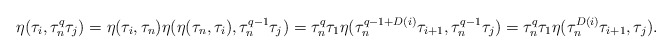
\begin{align*}\eta(\tau_i,\tau_n^q\tau_j)&=\eta(\tau_i,\tau_n)\eta(\eta(\tau_n,\tau_i),\tau_n^{q-1}\tau_j) = \tau_n^q\tau_1 \eta(\tau_n^{q-1+D(i)}\tau_{i+1}, \tau_n^{q-1}\tau_j)=\tau_n^q\tau_1 \eta(\tau_n^{D(i)}\tau_{i+1},\tau_j).\end{align*}